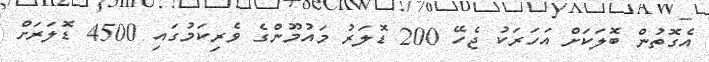
އެގޮތުން ބޮލަކަށް އަހަރަކު ޖެހޭ 200 ޑޮލަރު މައުމޫންގެ ވެރިކަމުގައި 4500 ޑޮލަރަށް